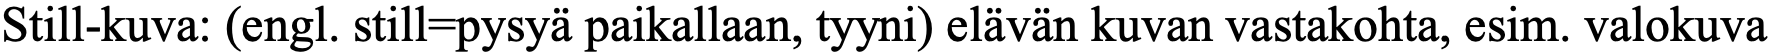
Still-kuva: (engl. still=pysyä paikallaan, tyyni) elävän kuvan vastakohta, esim. valokuva